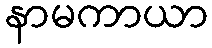
နာမကာယာ